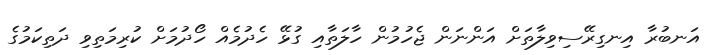
އަނބުރާ އިނގިރޭސިވިލާތަށް އަންނަން ޖެހުމުން ހާލަތާއި ގުޅޭ ހެދުމެއް ހޯދުމަށް ކުރިމަތިވި ދަތިކަމުގެ